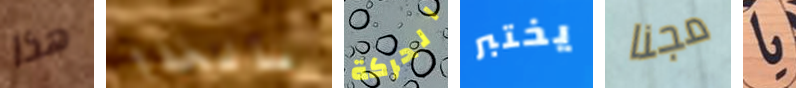
هذا بالخداع الحركة يختبر مجنا يا